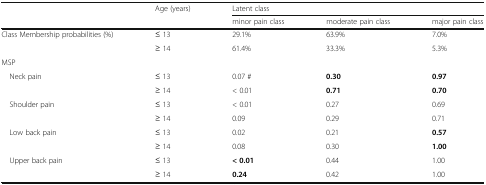
| <ROWSPAN=2>  | <ROWSPAN=2> Age (years) | <COLSPAN=3> Latent class |
 | minor pain class | moderate pain class | major pain class |
 | --- | --- | --- | --- | --- |
 | <ROWSPAN=2> Class Membership probabilities (%) | ≤ 13 | 29.1% | 63.9% | 7.0% |
 | ≥ 14 | 61.4% | 33.3% | 5.3% |
 | <COLSPAN=5> MSP |
 | <ROWSPAN=2> Neck pain | ≤ 13 | 0.07 # | 0.30 | 0.97 |
 | ≥ 14 | < 0.01 | 0.71 | 0.70 |
 | <ROWSPAN=2> Shoulder pain | ≤ 13 | < 0.01 | 0.27 | 0.69 |
 | ≥ 14 | 0.09 | 0.29 | 0.71 |
 | <ROWSPAN=2> Low back pain | ≤ 13 | 0.02 | 0.21 | 0.57 |
 | ≥ 14 | 0.08 | 0.30 | 1.00 |
 | <ROWSPAN=2> Upper back pain | ≤ 13 | < 0.01 | 0.44 | 1.00 |
 | ≥ 14 | 0.24 | 0.42 | 1.00 |